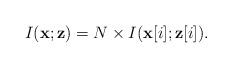
LaTeX: \begin{align*}I(\mathbf{x};\mathbf{z}) = N \times I(\mathbf{x}[i];\mathbf{z}[i]).\end{align*}